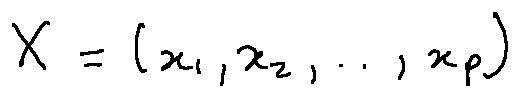
X = ( x _ { 1 } , x _ { 2 } , \ldots , x _ { p } )